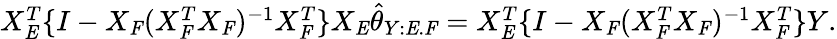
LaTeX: \begin{array}{r}{X_{\mathit{E}}^{T}\{ I-X_{\mathit{F}}(X_{\mathit{F}}^{T}X_{\mathit{F}})^{-1}X_{\mathit{F}}^{T}\} X_{\mathit{E}}\hat{\theta}_{Y:\mathit{E}.\mathit{F}}=X_{\mathit{E}}^{T}\{ I-X_{\mathit{F}}(X_{\mathit{F}}^{T}X_{\mathit{F}})^{-1}X_{\mathit{F}}^{T}\} Y.}\end{array}